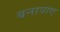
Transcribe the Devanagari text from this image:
बनावाए